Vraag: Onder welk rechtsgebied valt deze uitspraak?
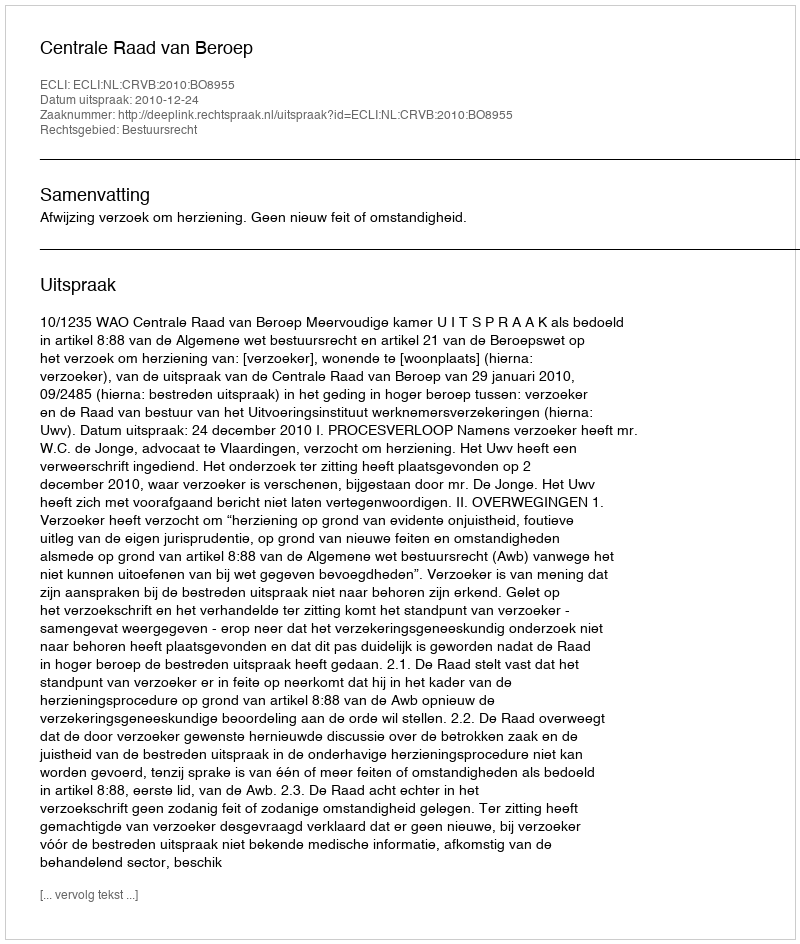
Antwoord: Bestuursrecht